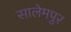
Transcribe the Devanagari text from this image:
सालेमपुर